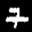
Label: 7